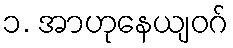
၁. အာဟုနေယျဝဂ်